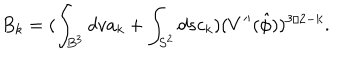
LaTeX: B _ { k } = ( \int _ { B ^ { 3 } } d v a _ { k } + \int _ { S ^ { 2 } } d s c _ { k } ) ( V ^ { \prime \prime } ( \hat { \phi } ) ) ^ { 3 / 2 - k } .